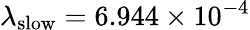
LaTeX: \lambda_{\mathrm{slow}}=6.944\times 10^{-4}